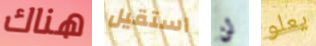
هناك استقيل لن يعلو